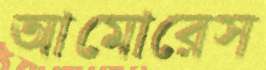
আমোরেস